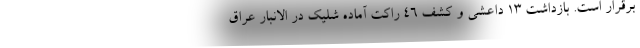
برقرار است. بازداشت ۱۳ داعشی و کشف ۴۶ راکت آماده شلیک در الانبار عراق